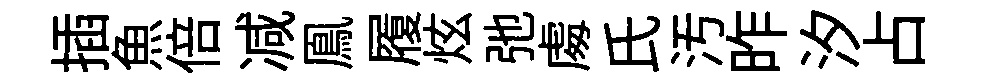
插魚倍减鳯履炫弛䖏氏汚昨汐占